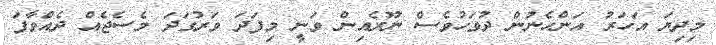
މިދިޔަ އަހަރު އަންހެނުން ދުވަހުވެސް ނޫރެއިން ވަނީ މިފަދަ ވަރުގަދަ މެސެޖެއް ދެއްވާފަ